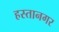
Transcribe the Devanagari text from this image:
हस्तानगर